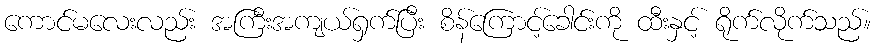
ကောင်မလေးလည်း အကြီးအကျယ်ရှက်ပြီး စိန်ကြောင့်ခေါင်းကို ထီးနှင့် ရိုက်လိုက်သည်။